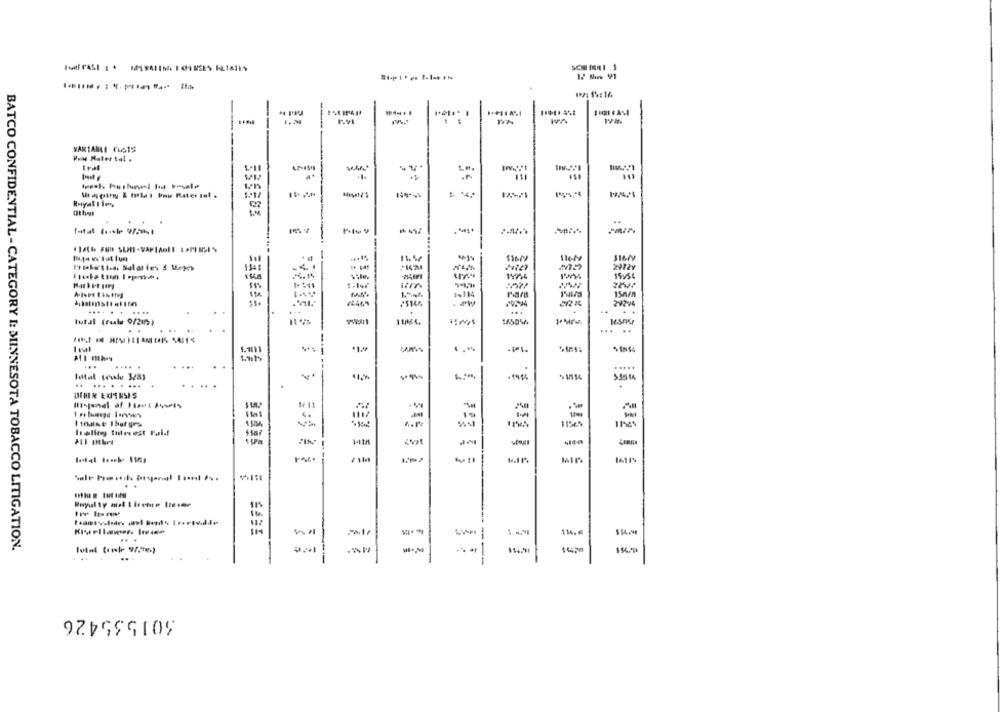
VARIABLE FUSTS
-
--
2972y
15154
29294
.... .
.....
Tutul (rule 0/25)
Kesme
..
-
I val
*122
.... .
.....
41.%
-19%
.... ....
DEHEM EXPENSES
1+ 11
4.
-
11565
1.11%
14119
.. .
--
BATCO CONFIDENTIAL - CATEGORY I: MINNESOTA TOBACCO LITIGATION.
301535426